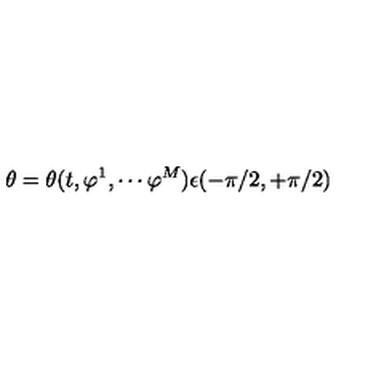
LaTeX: \theta = \theta ( t , \varphi ^ { 1 } , \cdots \varphi ^ { M } ) \epsilon ( - \pi / 2 , + \pi / 2 )